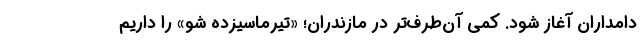
دامداران آغاز شود. کمی آن‌طرف‌تر در مازندران؛ «تیرماسیزده شو» را داریم